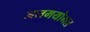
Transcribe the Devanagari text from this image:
अलमयोमल